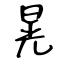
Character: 晃